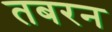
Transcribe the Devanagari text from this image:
तबरन